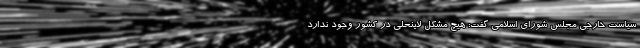
سیاست خارجی مجلس شورای اسلامی گفت: هیچ مشکل لاینحلی در کشور وجود ندارد